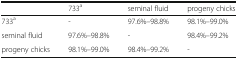
|  | 733a | seminal fluid | progeny chicks |
 | --- | --- | --- | --- |
 | 733a | - | 97.6%–98.8% | 98.1%–99.0% |
 | seminal fluid | 97.6%–98.8% | - | 98.4%–99.2% |
 | progeny chicks | 98.1%–99.0% | 98.4%–99.2% | - |